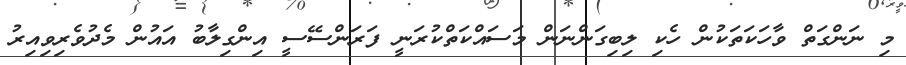
މި ނަންގަތް ވާހަކަތަކުން ހެކި ލިބިގަންނަން މަސައްކަތްކުރަނީ ފަރަންސޭސީ އިންގިލާބު އައުން މެދުވެރިވިއިރު